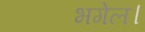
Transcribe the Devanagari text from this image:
भगेल।